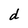
Character: d